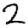
Digit: 2